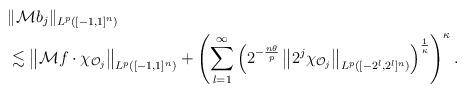
LaTeX: \begin{align*}\lefteqn{\|{\mathcal M}b_j\|_{L^p([-1,1]^n)}}\\&\lesssim\left\| {\mathcal M} f \cdot \chi_{{\mathcal O}_j}\right\|_{L^p([-1,1]^n)}+\left(\sum_{l=1}^\infty\left(2^{-\frac{n\theta}{p}}\left\|2^j \chi_{{\mathcal O}_j}\right\|_{L^{p}([-2^l,2^l]^n)}\right)^{\frac{1}{\kappa}}\right)^{\kappa}.\end{align*}